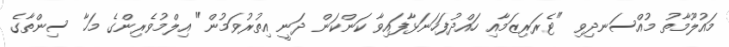
މައުލޫމާތު މުއްސަނދިވި "ޓެރަރިޒަމާއި ހައްދުފަހަނަޅާފައިވާ ކަންކަން ދަނީ އިތުރުވަމުން" އިލްމުވެރިންގެ މަހާ ސިންތާގެ